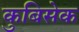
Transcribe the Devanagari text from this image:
कुबिसेक